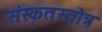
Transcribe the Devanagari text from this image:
संस्कृतस्तोत्र